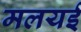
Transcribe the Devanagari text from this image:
मलयई